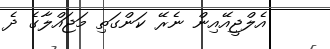
އެލްޖީއޭއިން ނެރޭ ކަންގަތި މަޖައްލާގެ ދެ